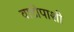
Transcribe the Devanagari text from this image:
वाडीपाशी